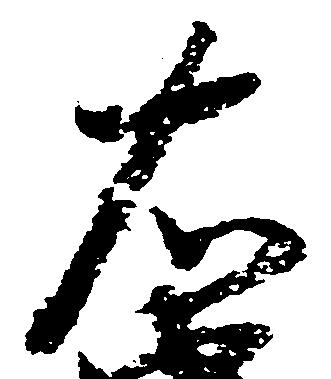
右